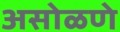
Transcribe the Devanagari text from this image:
असोळणे